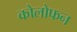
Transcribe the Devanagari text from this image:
कोलोफन